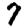
Digit: 7